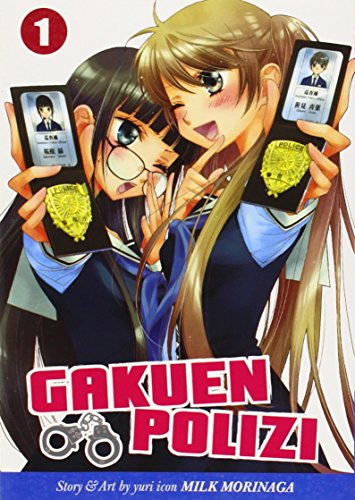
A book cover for Gakuen Polizi Vol. 1; Milk Morinaga; Comics & Graphic Novels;